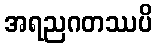
အရညဂတဿပိ